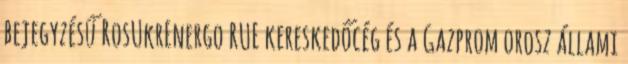
bejegyzésű RosUkrEnergo RUE kereskedőcég és a Gazprom orosz állami